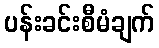
ပန်းခင်းစီမံချက်